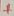
Text: +